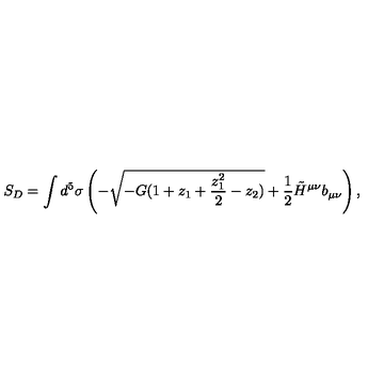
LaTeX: S _ { D } = \int d ^ { 5 } \sigma \left( - \sqrt { - G ( 1 + z _ { 1 } + { \frac { z _ { 1 } ^ { 2 } } { 2 } } - z _ { 2 } ) } + { \frac { 1 } { 2 } } \tilde { H } ^ { \mu \nu } b _ { \mu \nu } \right) ,